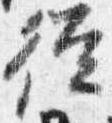
従